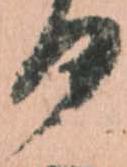
る